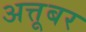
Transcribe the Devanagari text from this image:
अत्तूबर